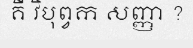
គឺ វិបុព្វក សញ្ញា ?